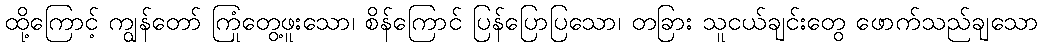
ထို့ကြောင့် ကျွန်တော် ကြုံတွေ့ဖူးသော၊ စိန်ကြောင် ပြန်ပြောပြသော၊ တခြား သူငယ်ချင်းတွေ ဖောက်သည်ချသော